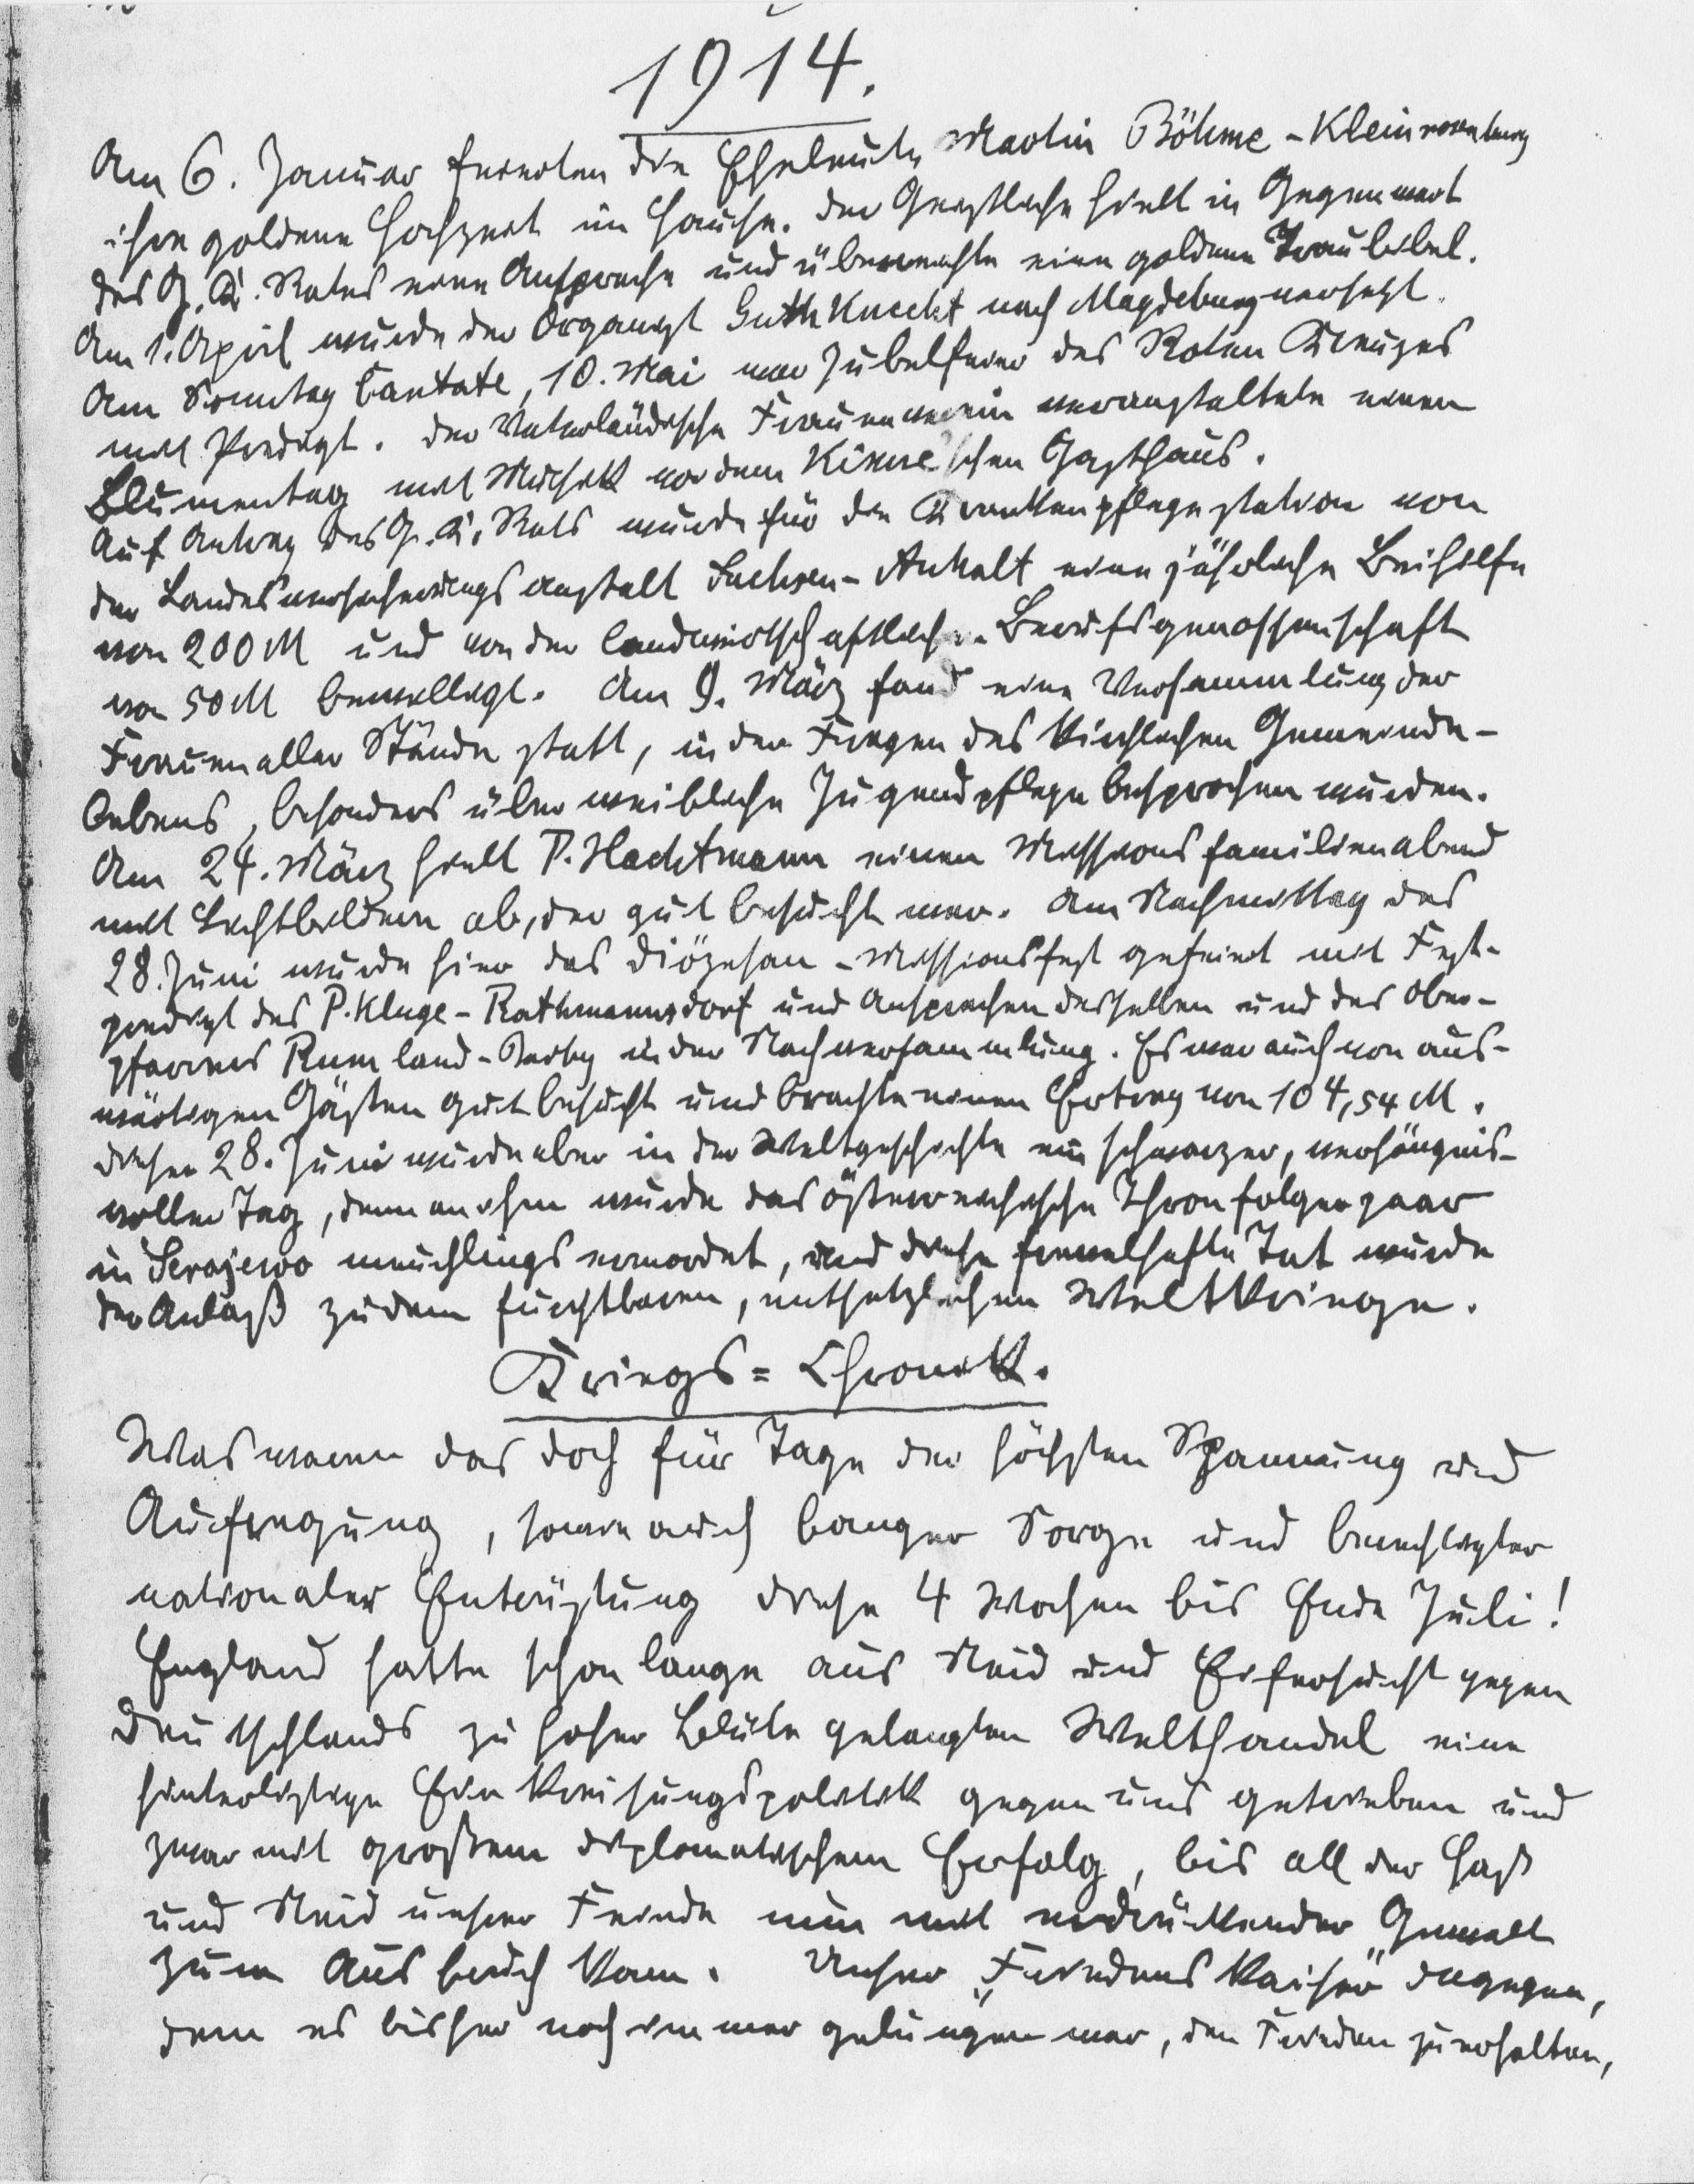
1914.
Am 6. Januar feierten die Eheleute Martin Böhme-Kleinrosenberg
ihre goldene Hochzeit im Hause. Der Geistliche hielt in Gegenwart
des G. K. Rates eine Ansprache und überreichte eine goldene Traubibel.
Am 1. April wurde der Organist Guthknecht nach Magdeburg versetzt.
Am Sonntag Cantate, 10. Mai eine Jubelfeier des Roten Kreuzes
mit Predigt. Der Vaterländische Frauenverein veranstaltete einen
Blumentag mit Musik vor dem Kiene'schen Gasthaus.
Auf Antrag des G. K. Rats wurde für die Krankenpflegestation von
der Landesversicherungs Anstalt Sachsen-Anhalt eine jährliche Beihilfe
von 200 M und der landwirtschaftlichen Berufsgenossenschaft
von 50 M bewilligt. Am 9. März fand eine Versammlung der
Frauen aller Stände statt, in der Fragen des kirchlichen Gemeinde¬
Ordens, besonders über weibliche Jugendpflege besprochen wurden.
Am 24. März hielt P. Hachtmann einen Missions familienabend
mit Lichtbildern ab, der gut besucht war. Am Nachmittag des
28. Juni wurde hier das diözesan - Missionsfest gefeiert mit Fest¬
predigt des P. Kluge-Rathmannsdorf und Ansprachen desselben und des Ober¬
pfarrers Rumland - Iadby in der Nachversammlung. Es war auch von aus¬
wärtigen Gästen gut besucht und brachte einen Ertrag von 104,54 M.
Dieser 28. Juni wurde aber in der Weltgeschichte ein schwarzer, verhängnis¬
voller Tag, denn an ihm wurde das österreichische Thronfolgerpaar
 in Sarajewo meuchlings ermordet, aus dieser frevelhaften Tat wurde
Anlaß zu dem furchtbaren, entsetzlichen Weltkriege.
Kriegs-Chronik
Was waren das doch für Tage der höchsten Spannung und
Aufregung, sowie auch banger Sorge und berechtigter
nationaler Entäuschung diese 4 Wochen bis Ende Juli!
England hatte schon lange aus Neid und Eifersucht gegen
Deutschlands zu hoher Blüte gelangten Welthandel eine
hinterlistige Einkreisungsungspolitik gegen uns getrieben und
zwar mit großen diplomatischen Erfolg, bis all der Haß
und Neid unsere Freinde nun mit erdrückender Gewalt
zum Ausbruch kam. Unser Friedens Kaiser dagegen,
dem es bisher noch immer gelungen war, den Frieden zu erhalten,